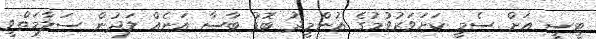
ޓީސީ އަށް ސެމީ ކަށަވަރުވުމުގެ އުންމީދު ބޮޑު ބާސާ އަނެއް ލަދުން ސަލާމަތްވީ